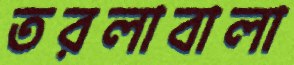
তরলাবালা